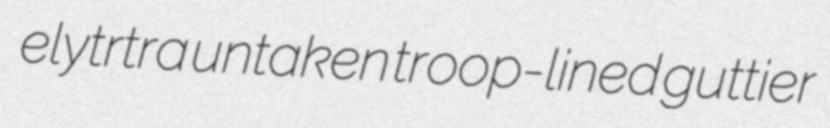
elytrtra untaken troop-lined guttier